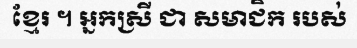
ខ្មែរ ។ អ្នកស្រី ជា សមាជិក របស់